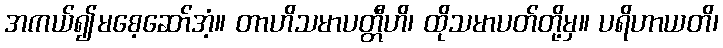
အကယ်၍မစေ့ဆော်အံ့။ တာဟိသမာပတ္တီဟိ၊ ထိုသမာပတ်တို့မှ။ ပရိဟာယတိ၊